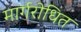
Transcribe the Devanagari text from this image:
मार्गरोधित